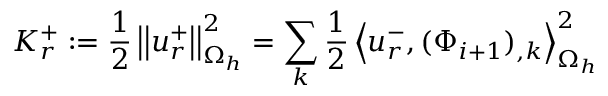
K _ { r } ^ { + } : = \frac { 1 } { 2 } \left| \left| \boldsymbol { u } _ { r } ^ { + } \right| \right| _ { \Omega _ { h } } ^ { 2 } = \sum _ { k } \frac { 1 } { 2 } \left< \boldsymbol { u } _ { r } ^ { - } , ( \Phi _ { i + 1 } ) _ { , k } \right> _ { \Omega _ { h } } ^ { 2 }